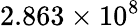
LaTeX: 2.863\times 10^{8}